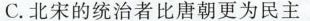
C.北宋的统治者比唐朝更为民主